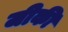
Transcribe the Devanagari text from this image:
जीकी